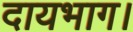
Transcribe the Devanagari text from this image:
दायभाग।